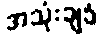
အသုံးချခံ